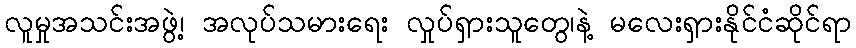
လူမှုအသင်းအဖွဲ့၊ အလုပ်သမားရေး လှုပ်ရှားသူတွေ၊နဲ့ မလေးရှားနိုင်ငံဆိုင်ရာ